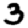
Digit: 3